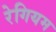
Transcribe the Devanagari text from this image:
रेगियम